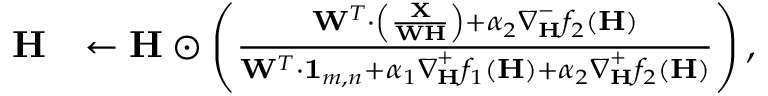
\begin{array} { r l } { \mathbf { H } } & { \leftarrow \mathbf { H } \odot \left( \frac { \mathbf { W } ^ { T } \cdot \left( \frac { \mathbf { X } } { \mathbf { W } \mathbf { H } } \right) + \alpha _ { 2 } \boldsymbol \nabla _ { \mathbf { H } } ^ { - } f _ { 2 } ( \mathbf { H } ) } { \mathbf { W } ^ { T } \cdot \mathbf { 1 } _ { m , n } + \alpha _ { 1 } \boldsymbol \nabla _ { \mathbf { H } } ^ { + } f _ { 1 } ( \mathbf { H } ) + \alpha _ { 2 } \boldsymbol \nabla _ { \mathbf { H } } ^ { + } f _ { 2 } ( \mathbf { H } ) } \right) , } \end{array}